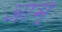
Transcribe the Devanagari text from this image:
आम्